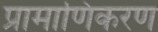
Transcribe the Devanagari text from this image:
प्रामाणिकरण